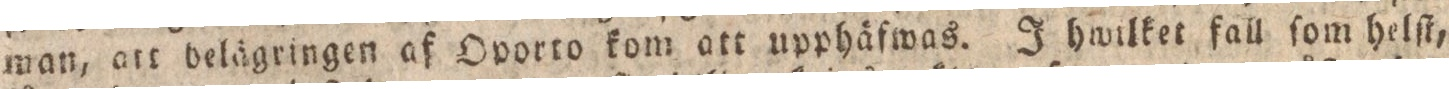
man, att belägringen af Oporto kom att upphäfwas. I hwilket fall ſom helſt,